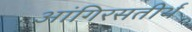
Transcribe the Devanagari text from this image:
आंगिरसतीर्थ